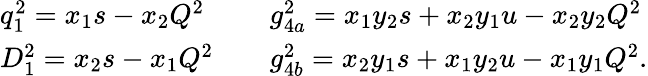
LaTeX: \begin{array}{ll}{{q_{1}^{2}=x_{1}s-x_{2}Q^{2}}}&{{\quad g_{4a}^{2}=x_{1}y_{2}s+x_{2}y_{1}u-x_{2}y_{2}Q^{2}}}\\ {{D_{1}^{2}=x_{2}s-x_{1}Q^{2}}}&{{\quad g_{4b}^{2}=x_{2}y_{1}s+x_{1}y_{2}u-x_{1}y_{1}Q^{2}.}}\end{array}